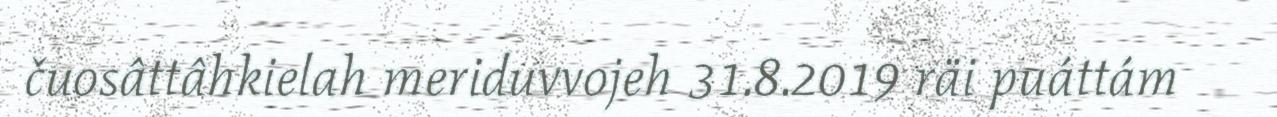
čuosâttâhkielah meriduvvojeh 31.8.2019 räi puáttám